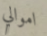
اموالي